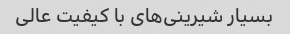
بسیار شیرینی‌های با کیفیت عالی